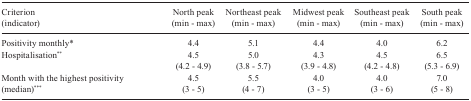
| Criterion (indicator) | North peak (min -max) | Northeast peak (min -max) | Midwest peak (min -max) | Southeast peak (min -max) | South peak (min -max) |
 | --- | --- | --- | --- | --- | --- |
 | Positivity monthly* | 4.4 | 5.1 | 4.4 | 4.0 | 6.2 |
 | Hospitalisation** | 4.5 (4.2 - 4.9) | 5.0 (3.8 - 5.7) | 4.3 (3.9 - 4.8) | 4.5 (4.2 - 4.8) | 6.5 (5.3 - 6.9) |
 | Month with the highest positivity(median)*** | 4.5 (3 - 5) | 5.5 (4 - 7) | 4.0 (3 - 5) | 4.0 (3 - 6) | 7.0 (5 - 8) |